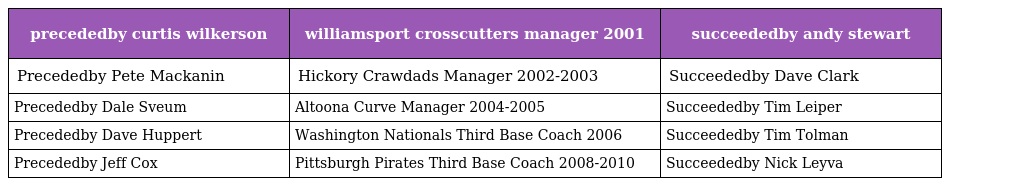
| precededby curtis wilkerson | williamsport crosscutters manager 2001 | succeededby andy stewart |
 | --- | --- | --- |
 | Precededby Pete Mackanin | Hickory Crawdads Manager 2002-2003 | Succeededby Dave Clark |
 | Precededby Dale Sveum | Altoona Curve Manager 2004-2005 | Succeededby Tim Leiper |
 | Precededby Dave Huppert | Washington Nationals Third Base Coach 2006 | Succeededby Tim Tolman |
 | Precededby Jeff Cox | Pittsburgh Pirates Third Base Coach 2008-2010 | Succeededby Nick Leyva |